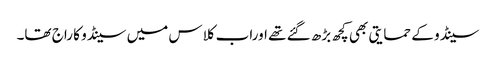
سینڈو کے حمایتی بھی کچھ بڑھ گئے تھے اوراب کلاس میں سینڈو کا راج تھا۔